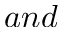
a n d